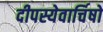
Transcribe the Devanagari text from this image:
दीपस्येवार्चिषो